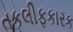
તકલીફકારક